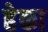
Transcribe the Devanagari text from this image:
हेका